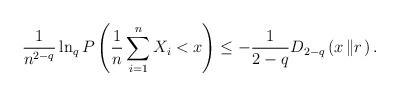
LaTeX: \begin{align*}\frac{1}{n^{2-q}}\ln_{q}P\left( \frac{1}{n}\sum_{i=1}^{n}X_{i}<x\right)\leq-\frac{1}{2-q}D_{2-q}\left( x\left\Vert r\right. \right) .\end{align*}